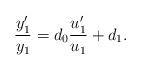
LaTeX: \begin{align*} \frac{y_1'}{y_1} = d_0 \frac{u_1'}{u_1} + d_1 .\end{align*}